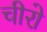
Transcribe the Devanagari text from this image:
चीरो